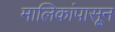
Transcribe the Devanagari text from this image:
मालिकांपासून